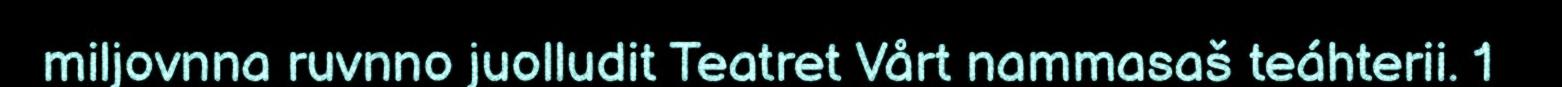
miljovnna ruvnno juolludit Teatret Vårt nammasaš teáhterii. 1